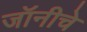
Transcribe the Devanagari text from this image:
जॉनीचे